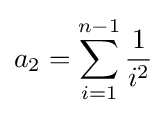
a_{2}=\sum _{i=1}^{n-1}{\frac {1}{i^{2}}}